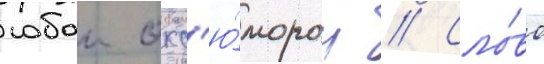
собои окс'ю́морон // Сло́во